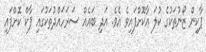
ޕާކިން ޒޯނުތަކުގެ ކުލަ އާކޮށްފައިވެ އެވެ. އަދި ބައެއް ސަރަހައްދުތަކުގައި ޕާކް ކޮށްފައި